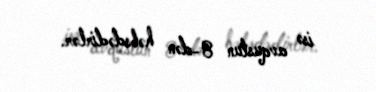
isə avqustun 8-dən həbsdədirlər.